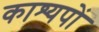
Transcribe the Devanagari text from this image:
काश्यपों